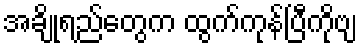
အချိုရည်တွေက ထွက်ကုန်ပြီကိုဗျ